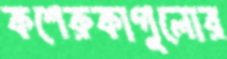
কশেরুকাগুলোর